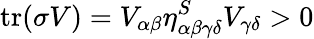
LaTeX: \textrm{tr}(\sigma V)=V_{\alpha\beta}\eta_{\alpha\beta\gamma\delta}^{S}V_{\gamma\delta}>0